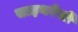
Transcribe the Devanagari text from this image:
साइथरेसी